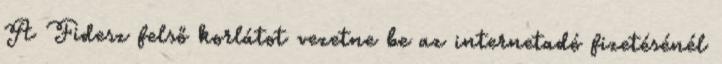
A Fidesz felső korlátot vezetne be az internetadó fizetésénél